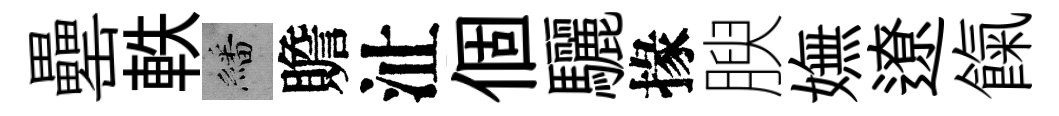
罍軼繙贍沚個驪掾腴嫵遼餼